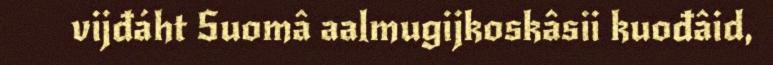
vijđáht Suomâ aalmugijkoskâsii kuođâid,